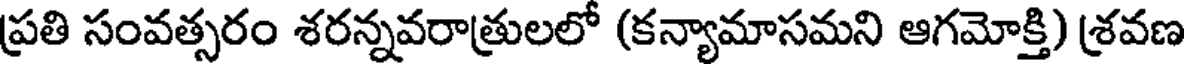
ప్రతి సంవత్సరం శరన్నవరాత్రులలో (కన్యామాసమని ఆగమోక్తి) శ్రవణ